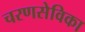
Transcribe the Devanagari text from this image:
चरणसेविका